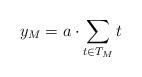
LaTeX: \begin{align*}y_M=a\cdot \sum_{t\in T_{M}}t\end{align*}